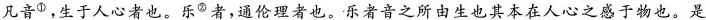
凡音^{①}，生于人心者也。乐^{②}者，通伦理者也。乐者音之所由生也其本在人心之感于物也。是